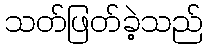
သတ်ဖြတ်ခဲ့သည်